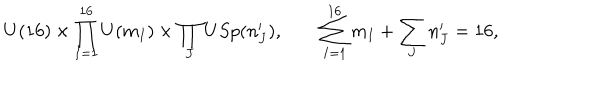
LaTeX: U ( 1 6 ) \times \prod _ { I = 1 } ^ { 1 6 } U ( m _ { I } ) \times \prod _ { J } U S p ( n _ { J } ^ { \prime } ) , \qquad \sum _ { I = 1 } ^ { 1 6 } m _ { I } + \sum _ { J } n _ { J } ^ { \prime } = 1 6 ,